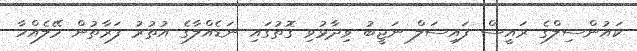
ކައުންސިލްގެ ރައީސް ފައިސަލް ނަޖީބު ވިދާޅުވި ގޮތުގައި ނަޑެއްލާގެ އުތުރު ފަރާތުން މޭލެއްހާ